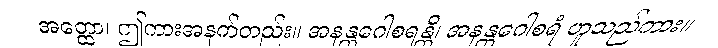
အတ္ထော၊ ဤကားအနက်တည်း။ အနန္တဂေါစရန္တိ၊ အနန္တဂေါစရံ ဟူသည်ကား။